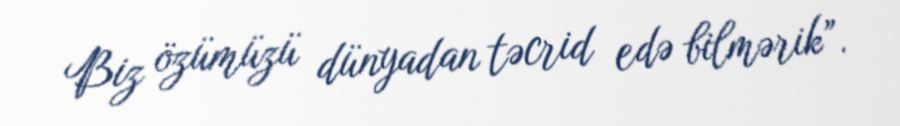
Biz özümüzü dünyadan təcrid edə bilmərik”.